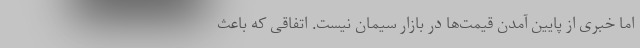
اما خبری از پایین آمدن قیمت‌ها در بازار سیمان نیست. اتفاقی که باعث